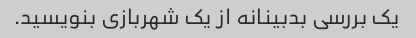
یک بررسی بدبینانه از یک شهربازی بنویسید.